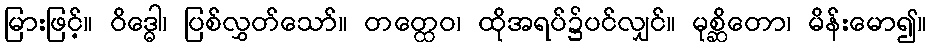
မြားဖြင့်။ ဝိဒ္ဓေါ၊ ပြစ်လွှတ်သော်။ တတ္ထေဝ၊ ထိုအရပ်၌ပင်လျှင်။ မုစ္ဆိတော၊ မိန်းမော၍။